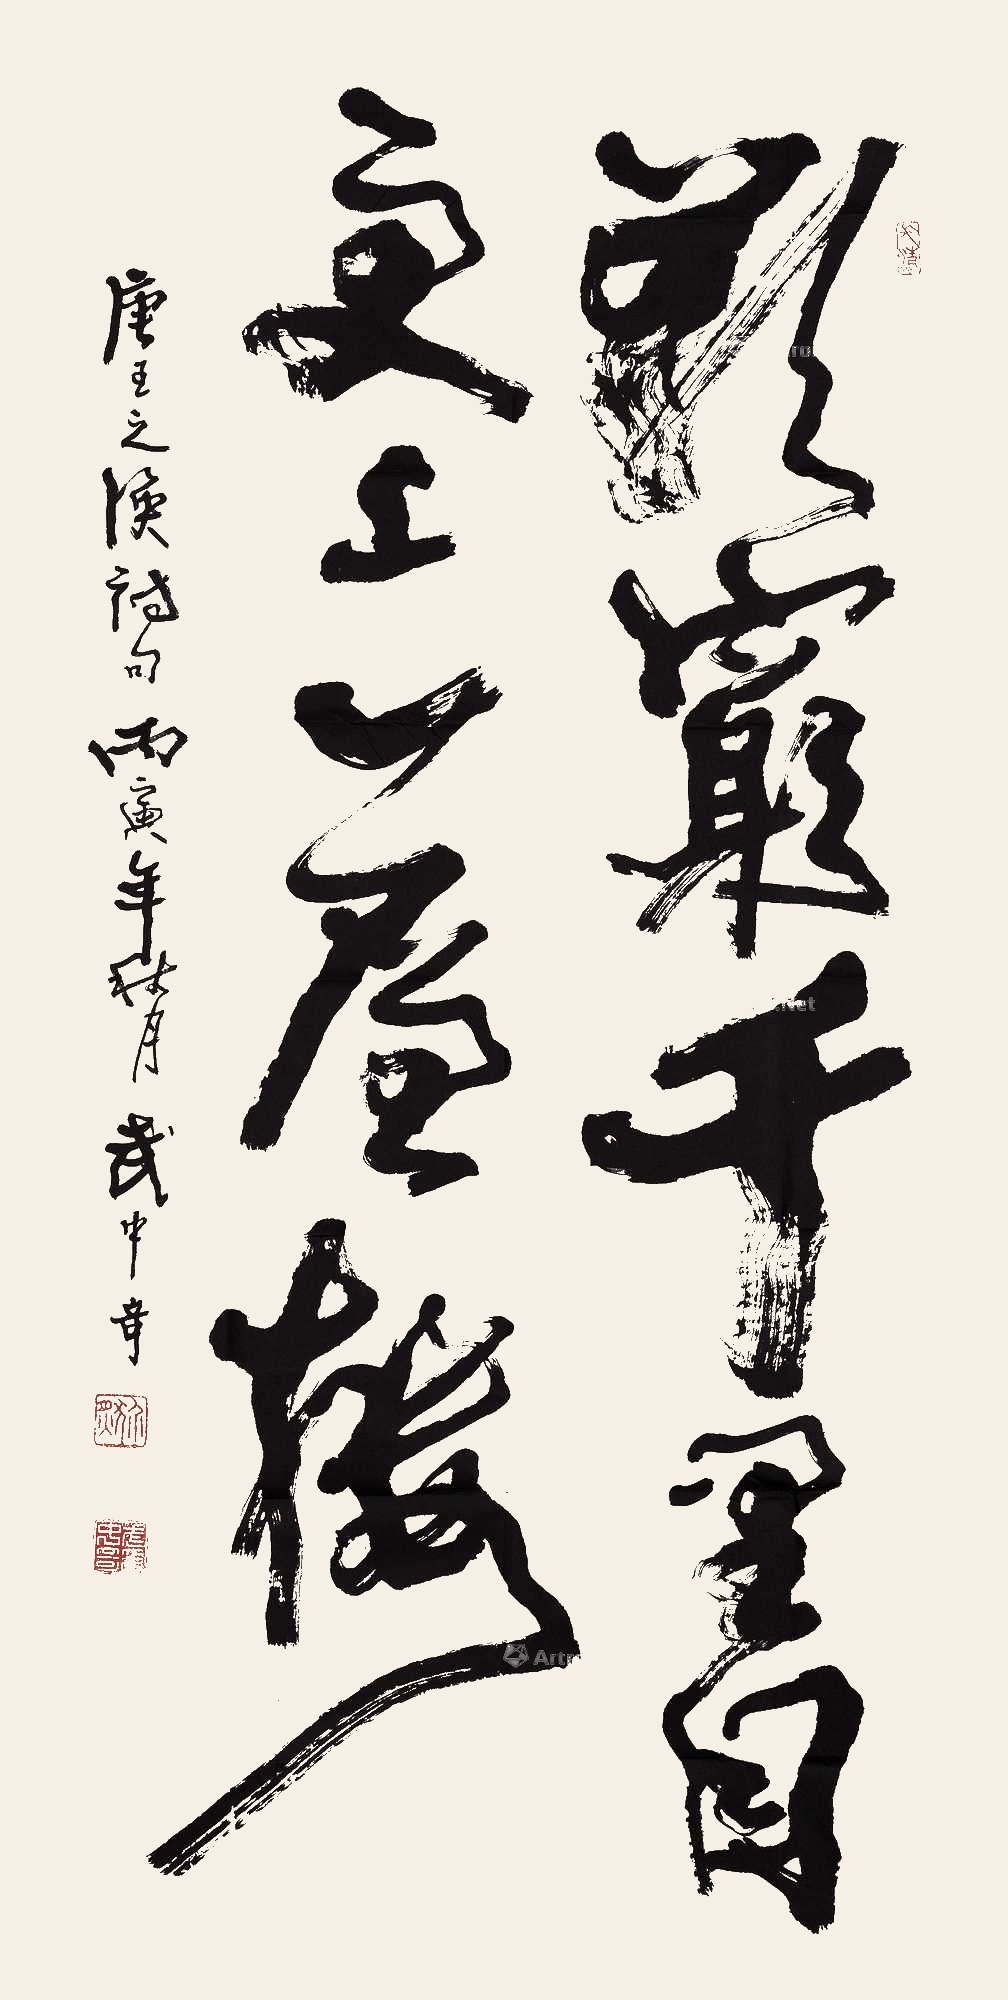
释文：欲穷千里目，更上一层楼。唐王之涣诗句。丙寅年秋月武中奇。